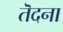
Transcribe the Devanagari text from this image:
तॆदना